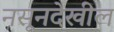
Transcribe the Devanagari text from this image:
नसूनदेखील